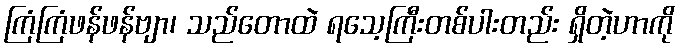
ကြံကြံဖန်ဖန်ဗျာ၊ သည်တောထဲ ရသေ့ကြီးတစ်ပါးတည်း ရှိတဲ့ဟာကို